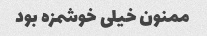
ممنون خیلی خوشمزه بود